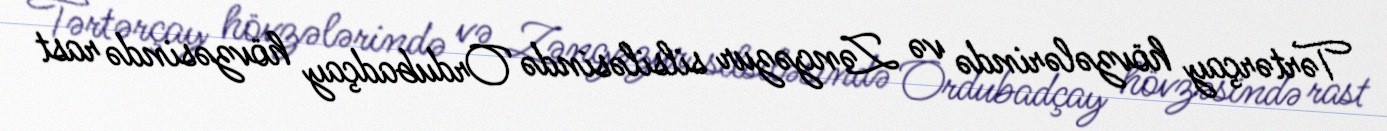
Tərtərçay hövzələrində və Zəngəzur silsiləsində Ordubadçay hövzəsində rast